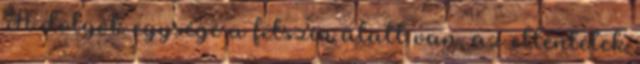
A dolgok egysége a felszín alatt van, az ellentétek